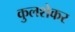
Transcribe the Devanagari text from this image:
कुलशेकर